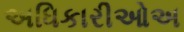
અધિકારીઓઅ